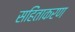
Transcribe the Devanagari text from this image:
सहिंताकरण